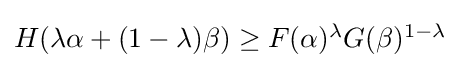
{\textstyle H(\lambda \alpha +(1-\lambda )\beta )\geq F(\alpha )^{\lambda }G(\beta )^{1-\lambda }}